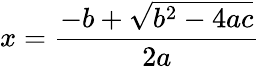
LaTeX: x={\frac{-b+{\sqrt{b^{2}-4ac}}}{2a}}